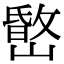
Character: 𡼐